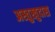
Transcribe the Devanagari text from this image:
अस्तुखुदास